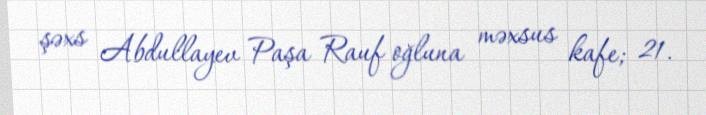
şəxs Abdullayev Paşa Rauf oğluna məxsus kafe; 21.